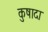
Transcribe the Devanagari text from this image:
कुषादा